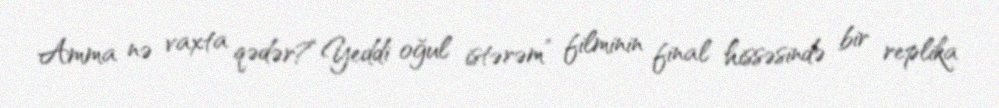
Amma nə vaxta qədər?“Yeddi oğul istərəm” filminin final hissəsində bir replika